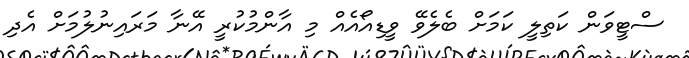
ސްޓީވަން ކަތިލީ ކަމަށް ބެލެވޭ ވީޑިއޯއެއް މި އާންމުކުރީ އޭނާ މަރައިނުލުމަށް އެދި